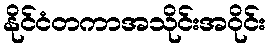
နိုင်ငံတကာအသိုင်းအဝိုင်း